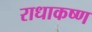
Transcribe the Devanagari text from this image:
राधाकष्‍ण